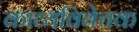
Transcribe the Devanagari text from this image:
काव्यविवेचक